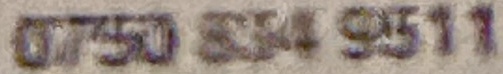
0750 534 9511